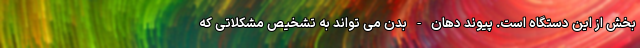
بخش از این دستگاه است. پیوند دهان-بدن می تواند به تشخیص مشکلاتی که